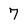
Character: 7